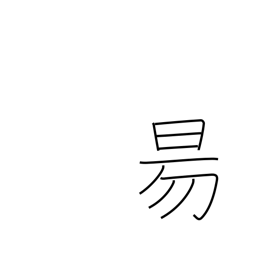
Meaning: sun